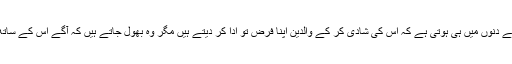
ابھی وہ اپنے بچپن کے دنوں میں ہی ہوتی ہے کہ اس کی شادی کر کے والدین اپنا فرض تو ادا کر دیتے ہیں مگر وہ بھول جاتے ہیں کہ آگے اس کے ساتھ کیا بیتنے والا ہے ۔